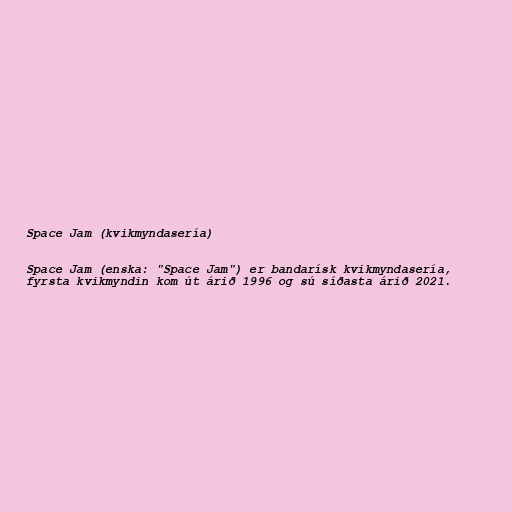
Space Jam (kvikmyndasería)

Space Jam (enska: "Space Jam") er bandarísk kvikmyndasería,
fyrsta kvikmyndin kom út árið 1996 og sú síðasta árið 2021.